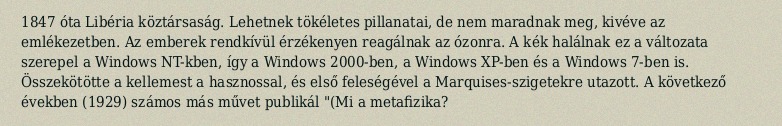
1847 óta Libéria köztársaság. Lehetnek tökéletes pillanatai, de nem maradnak meg, kivéve az emlékezetben. Az emberek rendkívül érzékenyen reagálnak az ózonra. A kék halálnak ez a változata szerepel a Windows NT-kben, így a Windows 2000-ben, a Windows XP-ben és a Windows 7-ben is. Összekötötte a kellemest a hasznossal, és első feleségével a Marquises-szigetekre utazott. A következő években (1929) számos más művet publikál "(Mi a metafizika?